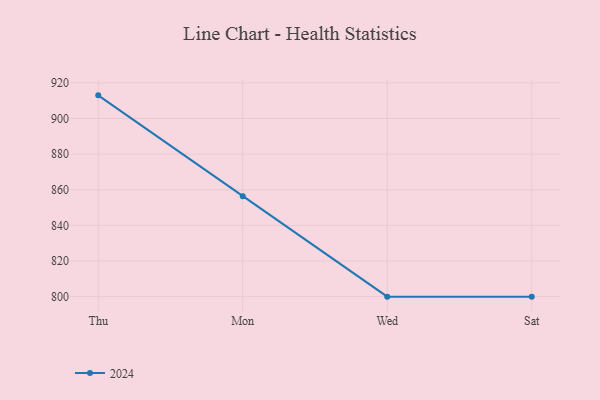
{"axis": {"x": "Day", "y": "Waste Production (Tons)"}, "legend": ["2024"], "data": [{"x": "Thu", "y": 913.0, "type": "2024"}, {"x": "Mon", "y": 856.3, "type": "2024"}, {"x": "Wed", "y": 800, "type": "2024"}, {"x": "Sat", "y": 800, "type": "2024"}]}